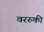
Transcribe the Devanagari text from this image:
वररुकी